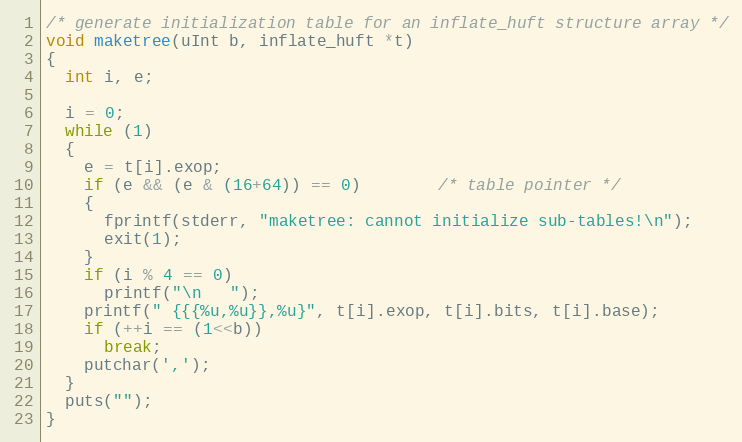
Language: C
/* generate initialization table for an inflate_huft structure array */
void maketree(uInt b, inflate_huft *t)
{
  int i, e;

  i = 0;
  while (1)
  {
    e = t[i].exop;
    if (e && (e & (16+64)) == 0)        /* table pointer */
    {
      fprintf(stderr, "maketree: cannot initialize sub-tables!\n");
      exit(1);
    }
    if (i % 4 == 0)
      printf("\n   ");
    printf(" {{{%u,%u}},%u}", t[i].exop, t[i].bits, t[i].base);
    if (++i == (1<<b))
      break;
    putchar(',');
  }
  puts("");
}